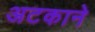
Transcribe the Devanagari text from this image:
अटकाने